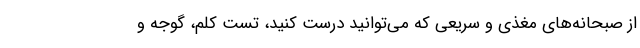
از صبحانه‌های مغذی و سریعی که می‌توانید درست کنید، تست کلم، گوجه و